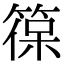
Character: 𮅡